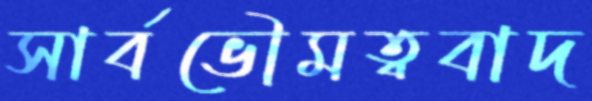
সার্বভৌমত্ববাদ